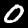
Digit: 0